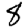
Digit: 8